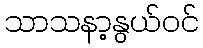
သာသနာ့နွယ်ဝင်